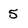
Character: 5